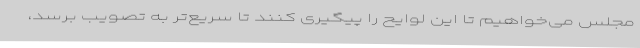
مجلس می‌خواهیم تا این لوایح را پیگیری کنند تا سریع‌تر به تصویب برسد،